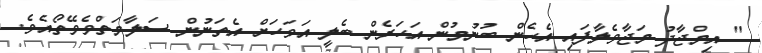
" އިމްޖާދު މަޖާވެލާފައި އެހެން ބުނުމުން އަހަރެން ބެލީ އަވަހަށް އެތަނުން ސަލާމަތްވެވޭތޯއެވެ.